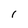
Character: 1